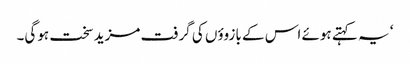
‘ یہ کہتے ہوئے اس کے بازوؤں کی گرفت مزید سخت ہوگی۔